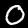
Digit: 0